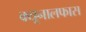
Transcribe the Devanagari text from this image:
क्यूनालफास